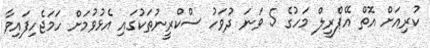
ކުރިއަށް އޮތް އޭޕްރީލް މަހުގެ 5 ވަނަ ދުވަހު ސްކްރީނުތަކުގައި އެޅުވުމަށް ހަމަޖެހިފައިވާ